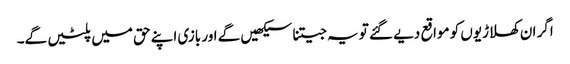
اگر ان کھلاڑیوں کو مواقع دیے گئے تو یہ جیتنا سیکھیں گے اور بازی اپنے حق میں پلٹیں گے۔